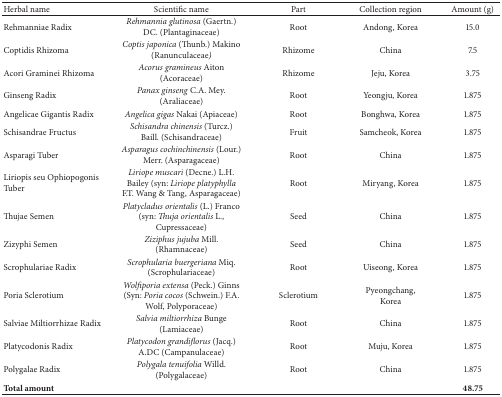
<table><thead><tr><td><b>Herbal name</b></td><td><b>Scientific name</b></td><td><b>Part</b></td><td><b>Collection region</b></td><td><b>Amount (g)</b></td></tr></thead><tbody><tr><td>Rehmanniae Radix</td><td><i>Rehmannia glutinosa </i>(Gaertn.) DC. (Plantaginaceae)</td><td>Root</td><td>Andong, Korea</td><td>15.0</td></tr><tr><td>Coptidis Rhizoma</td><td><i>Coptis japonica </i>(Thunb.) Makino (Ranunculaceae)</td><td>Rhizome</td><td>China</td><td>7.5</td></tr><tr><td>Acori Graminei Rhizoma</td><td><i>Acorus gramineus </i>Aiton (Acoraceae)</td><td>Rhizome</td><td>Jeju, Korea</td><td>3.75</td></tr><tr><td>Ginseng Radix</td><td><i>Panax ginseng </i>C.A. Mey. (Araliaceae)</td><td>Root</td><td>Yeongju, Korea</td><td>1.875</td></tr><tr><td>Angelicae Gigantis Radix</td><td><i>Angelica gigas </i>Nakai (Apiaceae)</td><td>Root</td><td>Bonghwa, Korea</td><td>1.875</td></tr><tr><td>Schisandrae Fructus</td><td><i>Schisandra chinensis </i>(Turcz.) Baill. (Schisandraceae)</td><td>Fruit</td><td>Samcheok, Korea</td><td>1.875</td></tr><tr><td>Asparagi Tuber</td><td><i>Asparagus cochinchinensis </i>(Lour.) Merr. (Asparagaceae)</td><td>Root</td><td>China</td><td>1.875</td></tr><tr><td>Liriopis seu Ophiopogonis Tuber</td><td><i>Liriope muscari</i> (Decne.) L.H. Bailey (syn: <i>Liriope platyphylla</i> F.T. Wang &amp; Tang, Asparagaceae)</td><td>Root</td><td>Miryang, Korea</td><td>1.875</td></tr><tr><td>Thujae Semen</td><td><i>Platycladus orientalis</i> (L.) Franco (syn: <i>Thuja orientalis</i> L., Cupressaceae)</td><td>Seed</td><td>China</td><td>1.875</td></tr><tr><td>Zizyphi Semen</td><td><i>Ziziphus jujuba </i>Mill. (Rhamnaceae)</td><td>Seed</td><td>China</td><td>1.875</td></tr><tr><td>Scrophulariae Radix</td><td><i>Scrophularia buergeriana </i>Miq. (Scrophulariaceae)</td><td>Root</td><td>Uiseong, Korea</td><td>1.875</td></tr><tr><td>Poria Sclerotium</td><td><i>Wolfiporia extensa</i> (Peck.) Ginns (Syn: <i>Poria cocos</i> (Schwein.) F.A. Wolf, Polyporaceae)</td><td>Sclerotium</td><td>Pyeongchang, Korea</td><td>1.875</td></tr><tr><td>Salviae Miltiorrhizae Radix</td><td><i>Salvia miltiorrhiza </i>Bunge (Lamiaceae)</td><td>Root</td><td>China</td><td>1.875</td></tr><tr><td>Platycodonis Radix</td><td><i>Platycodon grandiflorus </i>(Jacq.) A.DC (Campanulaceae)</td><td>Root</td><td>Muju, Korea</td><td>1.875</td></tr><tr><td>Polygalae Radix</td><td><i>Polygala tenuifolia </i>Willd. (Polygalaceae)</td><td>Root</td><td>China</td><td>1.875</td></tr><tr><td><b>Total amount</b></td><td> </td><td> </td><td> </td><td><b>48.75</b></td></tr></tbody></table>